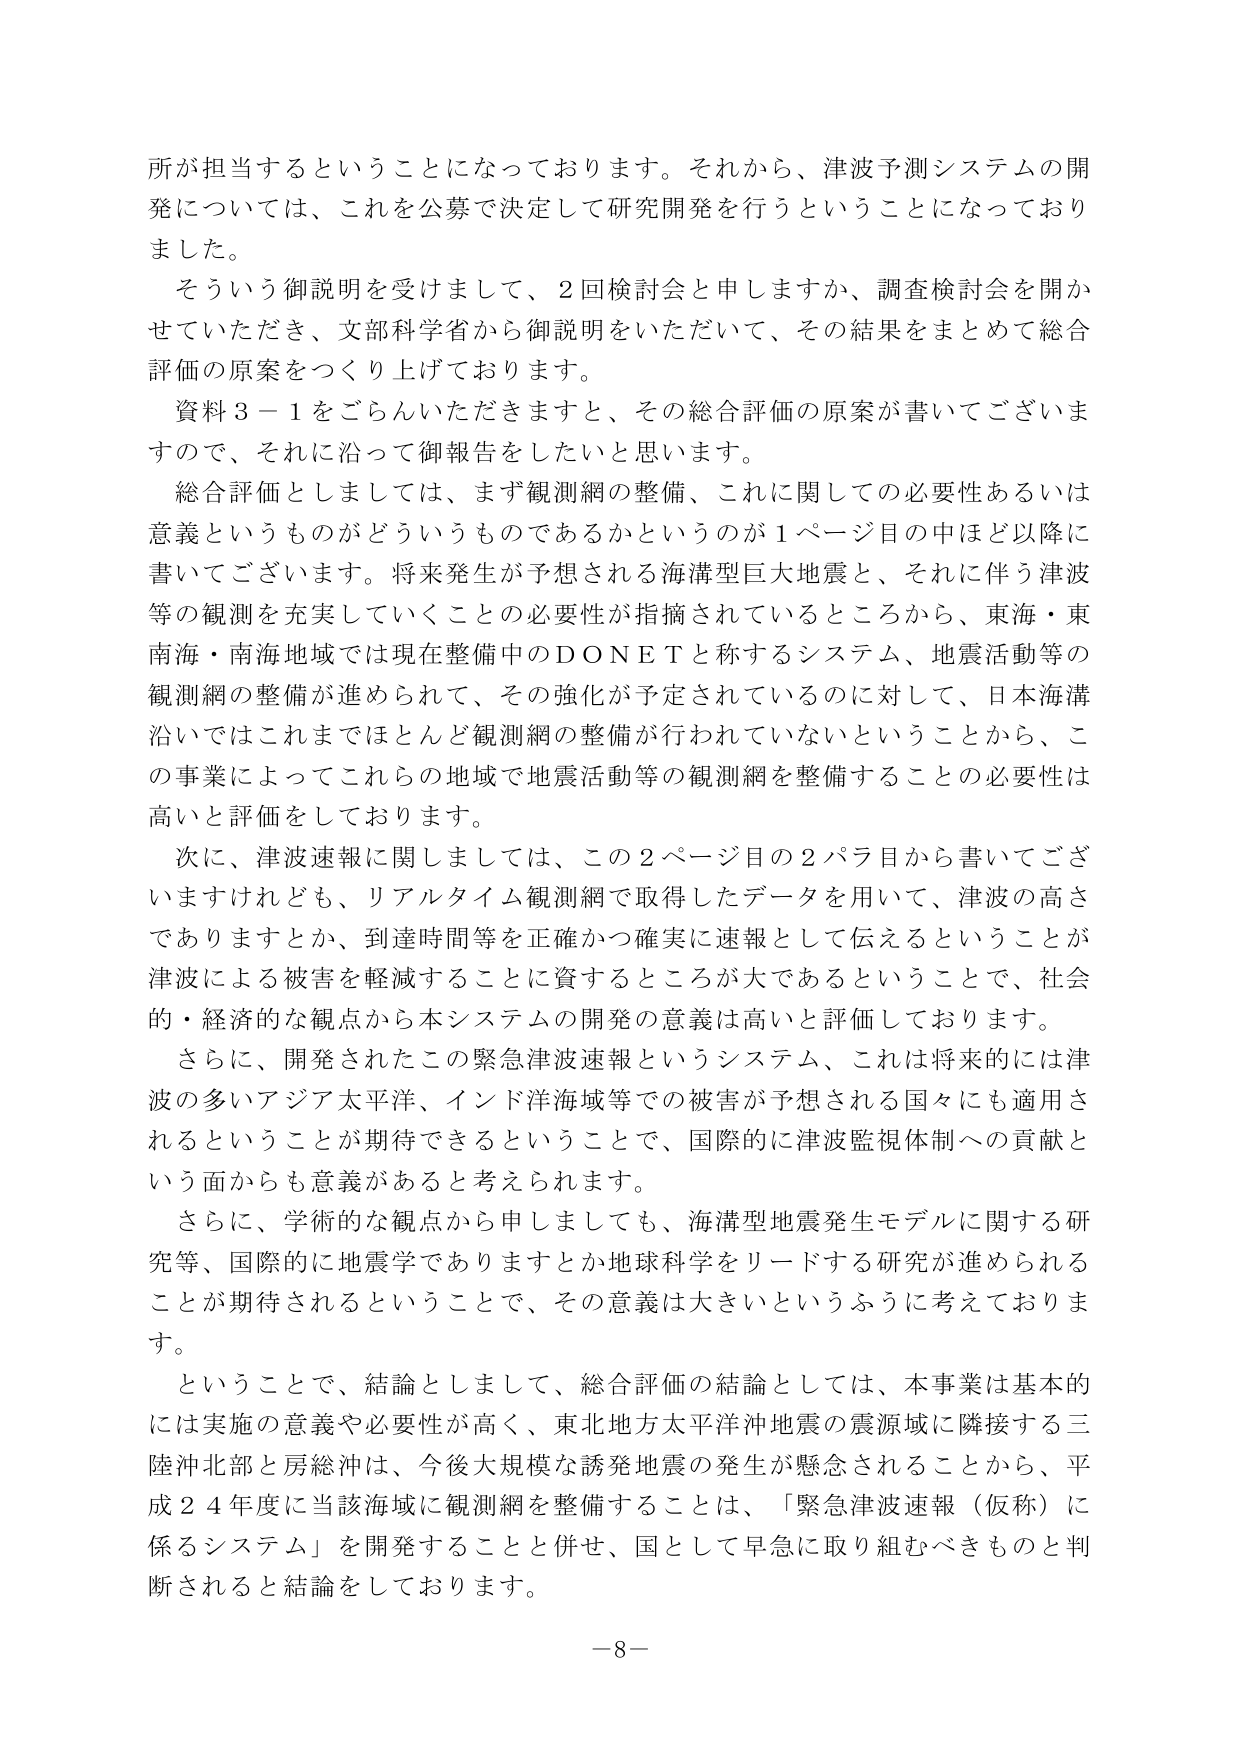
所が担当するということになっております。それから、津波予測システムの開発については、これを公募で決定して研究開発を行うということになっております。

そういう御説明を受けまして、2回検討会と申しますか、調査検討会を開かせていただき、文部科学省から御説明をいただいて、その結果をまとめて総合評価の原案をつくり上げております。

資料3－1をごらんいただきますと、その総合評価の原案が書いてございますので、それに沿って御報告をしたいと思います。

総合評価としましては、まず観測網の整備、これに関しての必要性あるいは意義というものがどういうものであるかというのが1ページ目の中ほど以降に書いてございます。将来発生が予想される海溝型巨大地震と、それに伴う津波等の観測を充実していくことの必要性が指摘されているところから、東海・東南海・南海地域では現在整備中のDONETと称するシステム、地震活動等の観測網の整備が進められて、その強化が予定されているのに対して、日本海溝沿いではこれまでほとんど観測網の整備が行われていないということから、この事業によってこれらの地域で地震活動等の観測網を整備することの必要性は高いと評価をしております。

次に、津波速報に関しましては、この2ページ目の2パラ目から書いてございますけれども、リアルタイム観測網で取得したデータを用いて、津波の高さでありますとか、到達時間等を正確かつ確実に速報として伝えるということが津波による被害を軽減することに資するところが大であるということで、社会的・経済的な観点から本システムの開発の意義は高いと評価しております。

さらに、開発されたこの緊急津波速報というシステム、これは将来的には津波の多いアジア太平洋、インド洋海域等での被害が予想される国々にも適用されるということが期待できるということで、国際的に津波監視体制への貢献という面からも意義があると考えられます。

さらに、学術的な観点から申しましても、海溝型地震発生モデルに関する研究等、国際的に地震学でありますとか地球科学をリードする研究が進められることが期待されるということで、その意義は大きいというふうに考えております。

ということで、結論としまして、総合評価の結論としては、本事業は基本的には実施の意義と必要性が高く、東北地方太平洋沖地震の震源域に隣接する三陸沖北部と房総沖は、今後大規模な誘発地震の発生が懸念されることから、平成24年度に当該海域に観測網を整備することは、「緊急津波速報（仮称）に係るシステム」を開発することと併せ、国として早急に取り組むべきものと判断されると結論をしております。

－8－